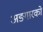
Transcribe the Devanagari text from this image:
अङ्गारको